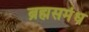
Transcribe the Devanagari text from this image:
ब्रह्मसमंध